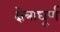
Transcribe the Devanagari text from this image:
क्षेत्राघूर्ण